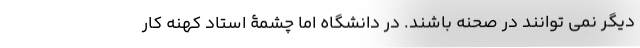
دیگر نمی توانند در صحنه باشند. در دانشگاه اما چشمۀ استاد کهنه کار